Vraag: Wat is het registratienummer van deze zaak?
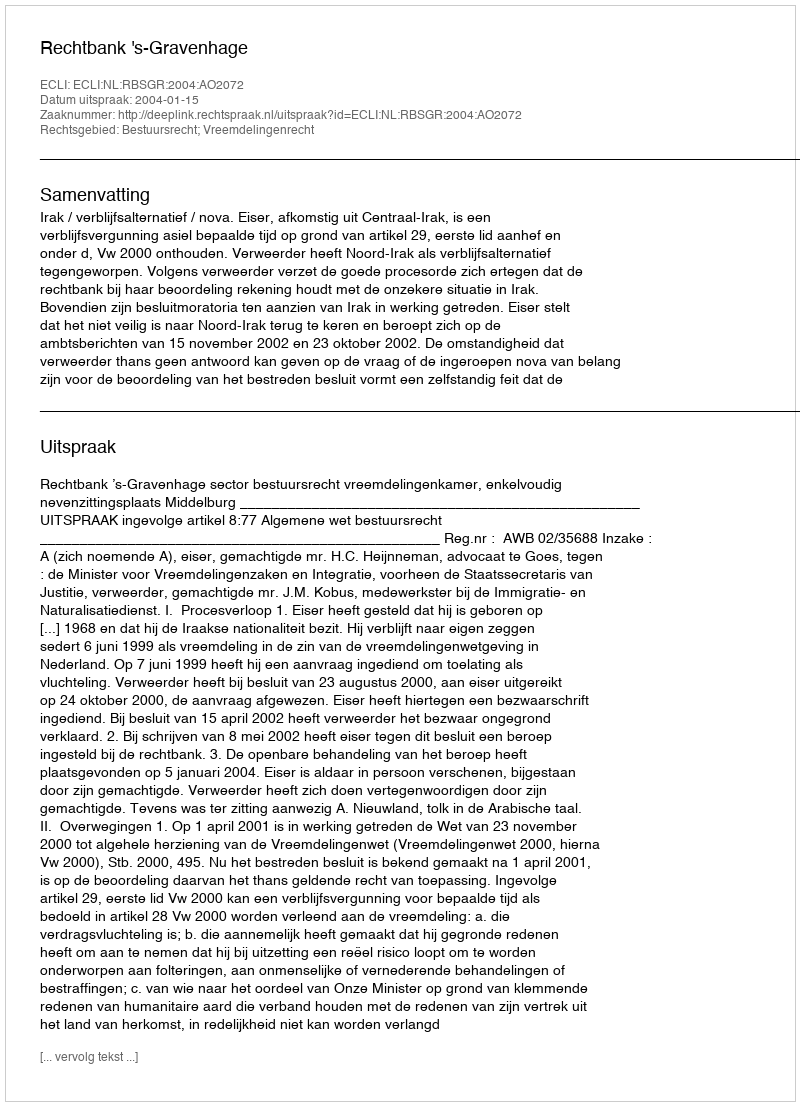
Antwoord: http://deeplink.rechtspraak.nl/uitspraak?id=ECLI:NL:RBSGR:2004:AO2072